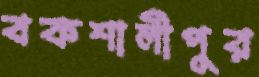
বকশালীপুর